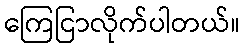
ကြေငြာလိုက်ပါတယ်။